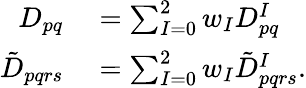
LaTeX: \begin{array}{rl}{D_{pq}}&{{}=\sum_{I=0}^{2}w_{I}D_{pq}^{I}}\\ {\tilde{D}_{pqrs}}&{{}=\sum_{I=0}^{2}w_{I}\tilde{D}_{pqrs}^{I}.}\end{array}